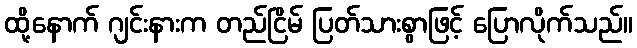
ထို့နောက် ဂျင်းနားက တည်ငြိမ် ပြတ်သားစွာဖြင့် ပြောလိုက်သည်။